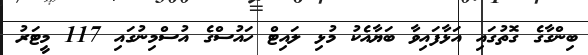
ބިންގާގެ ގޮތުގައި އަޅާފައިވާ ބަޔާއެކު މުޅި ލައިޓް ހައުސްގެ އުސްމިނުގައި 117 މީޓަރު